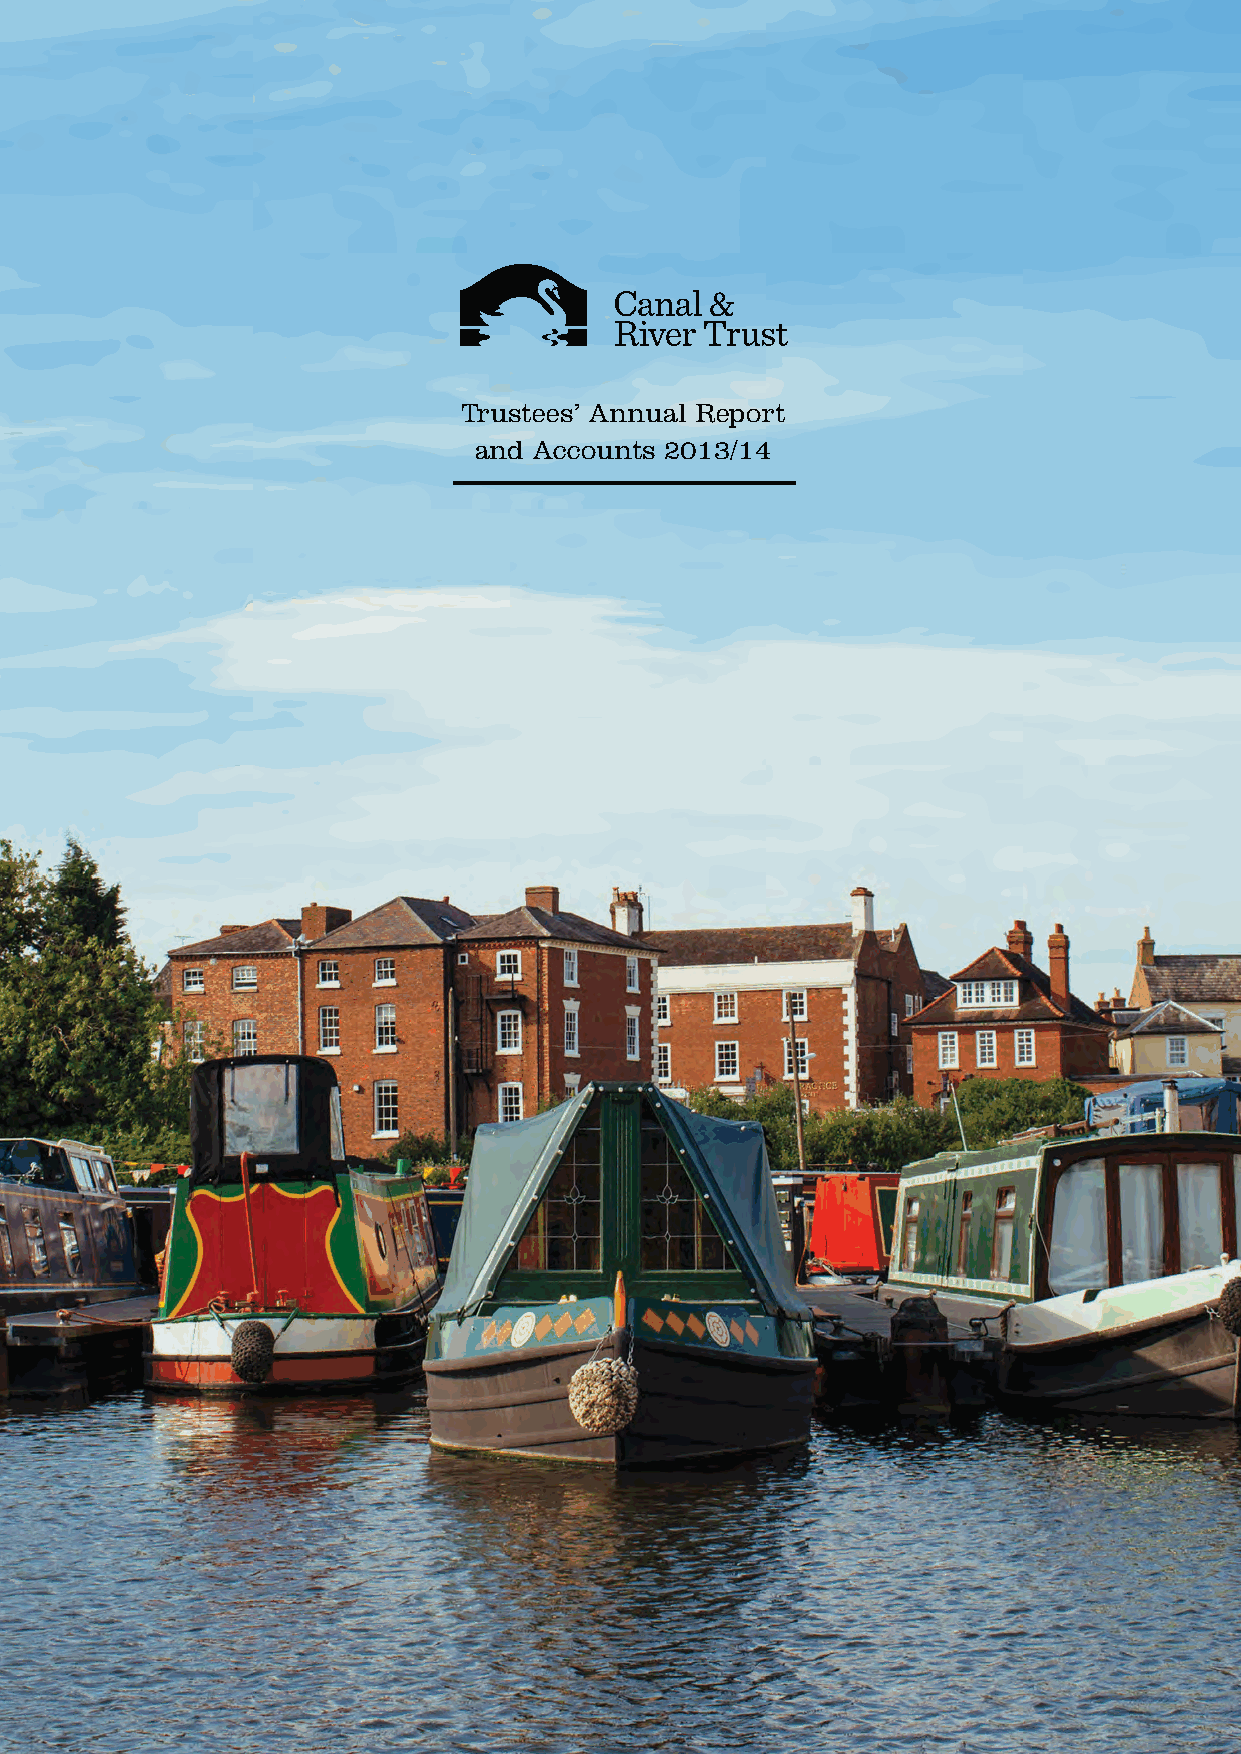
Trustees’ Annual Report
 and Accounts 2013/14